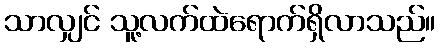
သာလျှင် သူ့လက်ထဲရောက်ရှိလာသည်။